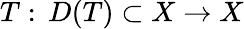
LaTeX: T:\, D(T)\subset X\to X